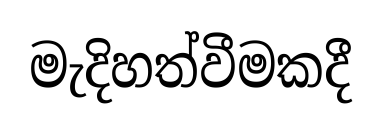
මැදිහත්වීමකදී